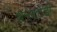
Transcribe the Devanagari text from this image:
शेनेक्टेडी